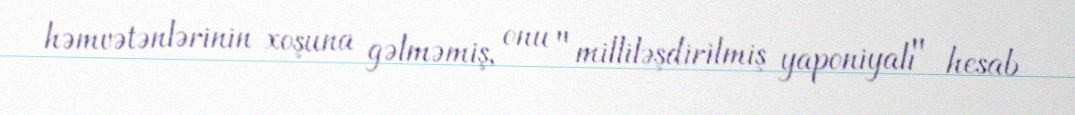
həmvətənlərinin xoşuna gəlməmiş, onu "milliləşdirilmiş yaponiyalı" hesab